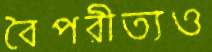
বৈপরীত্যও